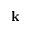
\textbf { k }